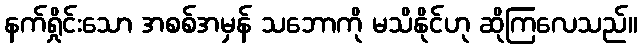
နက်ရှိုင်းသော အစစ်အမှန် သဘောကို မသိနိုင်ဟု ဆိုကြလေသည်။